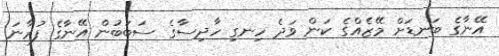
އޭނާގެ ބަނޑަށް މޭޒެއްގެ ކަން ވަދެ ހިނގި ހާދިސާގެ ސަބަބުން އޭނާގެ ފުރާނަ